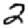
Digit: 2